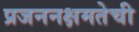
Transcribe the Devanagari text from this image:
प्रजननक्षमतेची